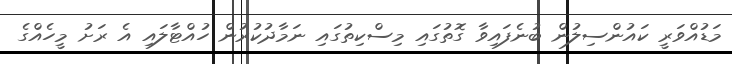
މަޑުއްވަރީ ކައުންސިލުން ބުނެފައިވާ ގޮތުގައި މިސްކިތުގައި ނަމާދުކުރުން ހުއްޓާލައި އެ ރަށު މީހެއްގެ